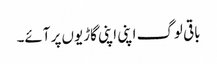
باقی لوگ اپنی اپنی گاڑیوں پر آئے۔